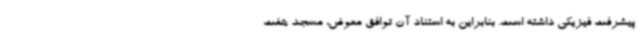
پیشرفت فیزیکی داشته است. بنابراین به استناد آن توافق معوض، مسجد هفت